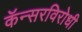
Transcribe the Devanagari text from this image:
कॅन्सरविरोधी